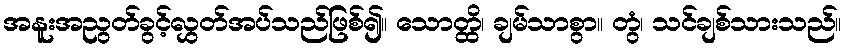
အနူးအညွတ်ခွင့်လွှတ်အပ်သည်ဖြစ်၍။ သောတ္ထိ၊ ချမ်သာစွာ။ တွံ၊ သင်ချစ်သားသည်။